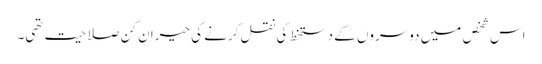
اس شخص میں دوسروں کے دستخط کی نقل کرنے کی حیران کن صلاحیت تھی۔